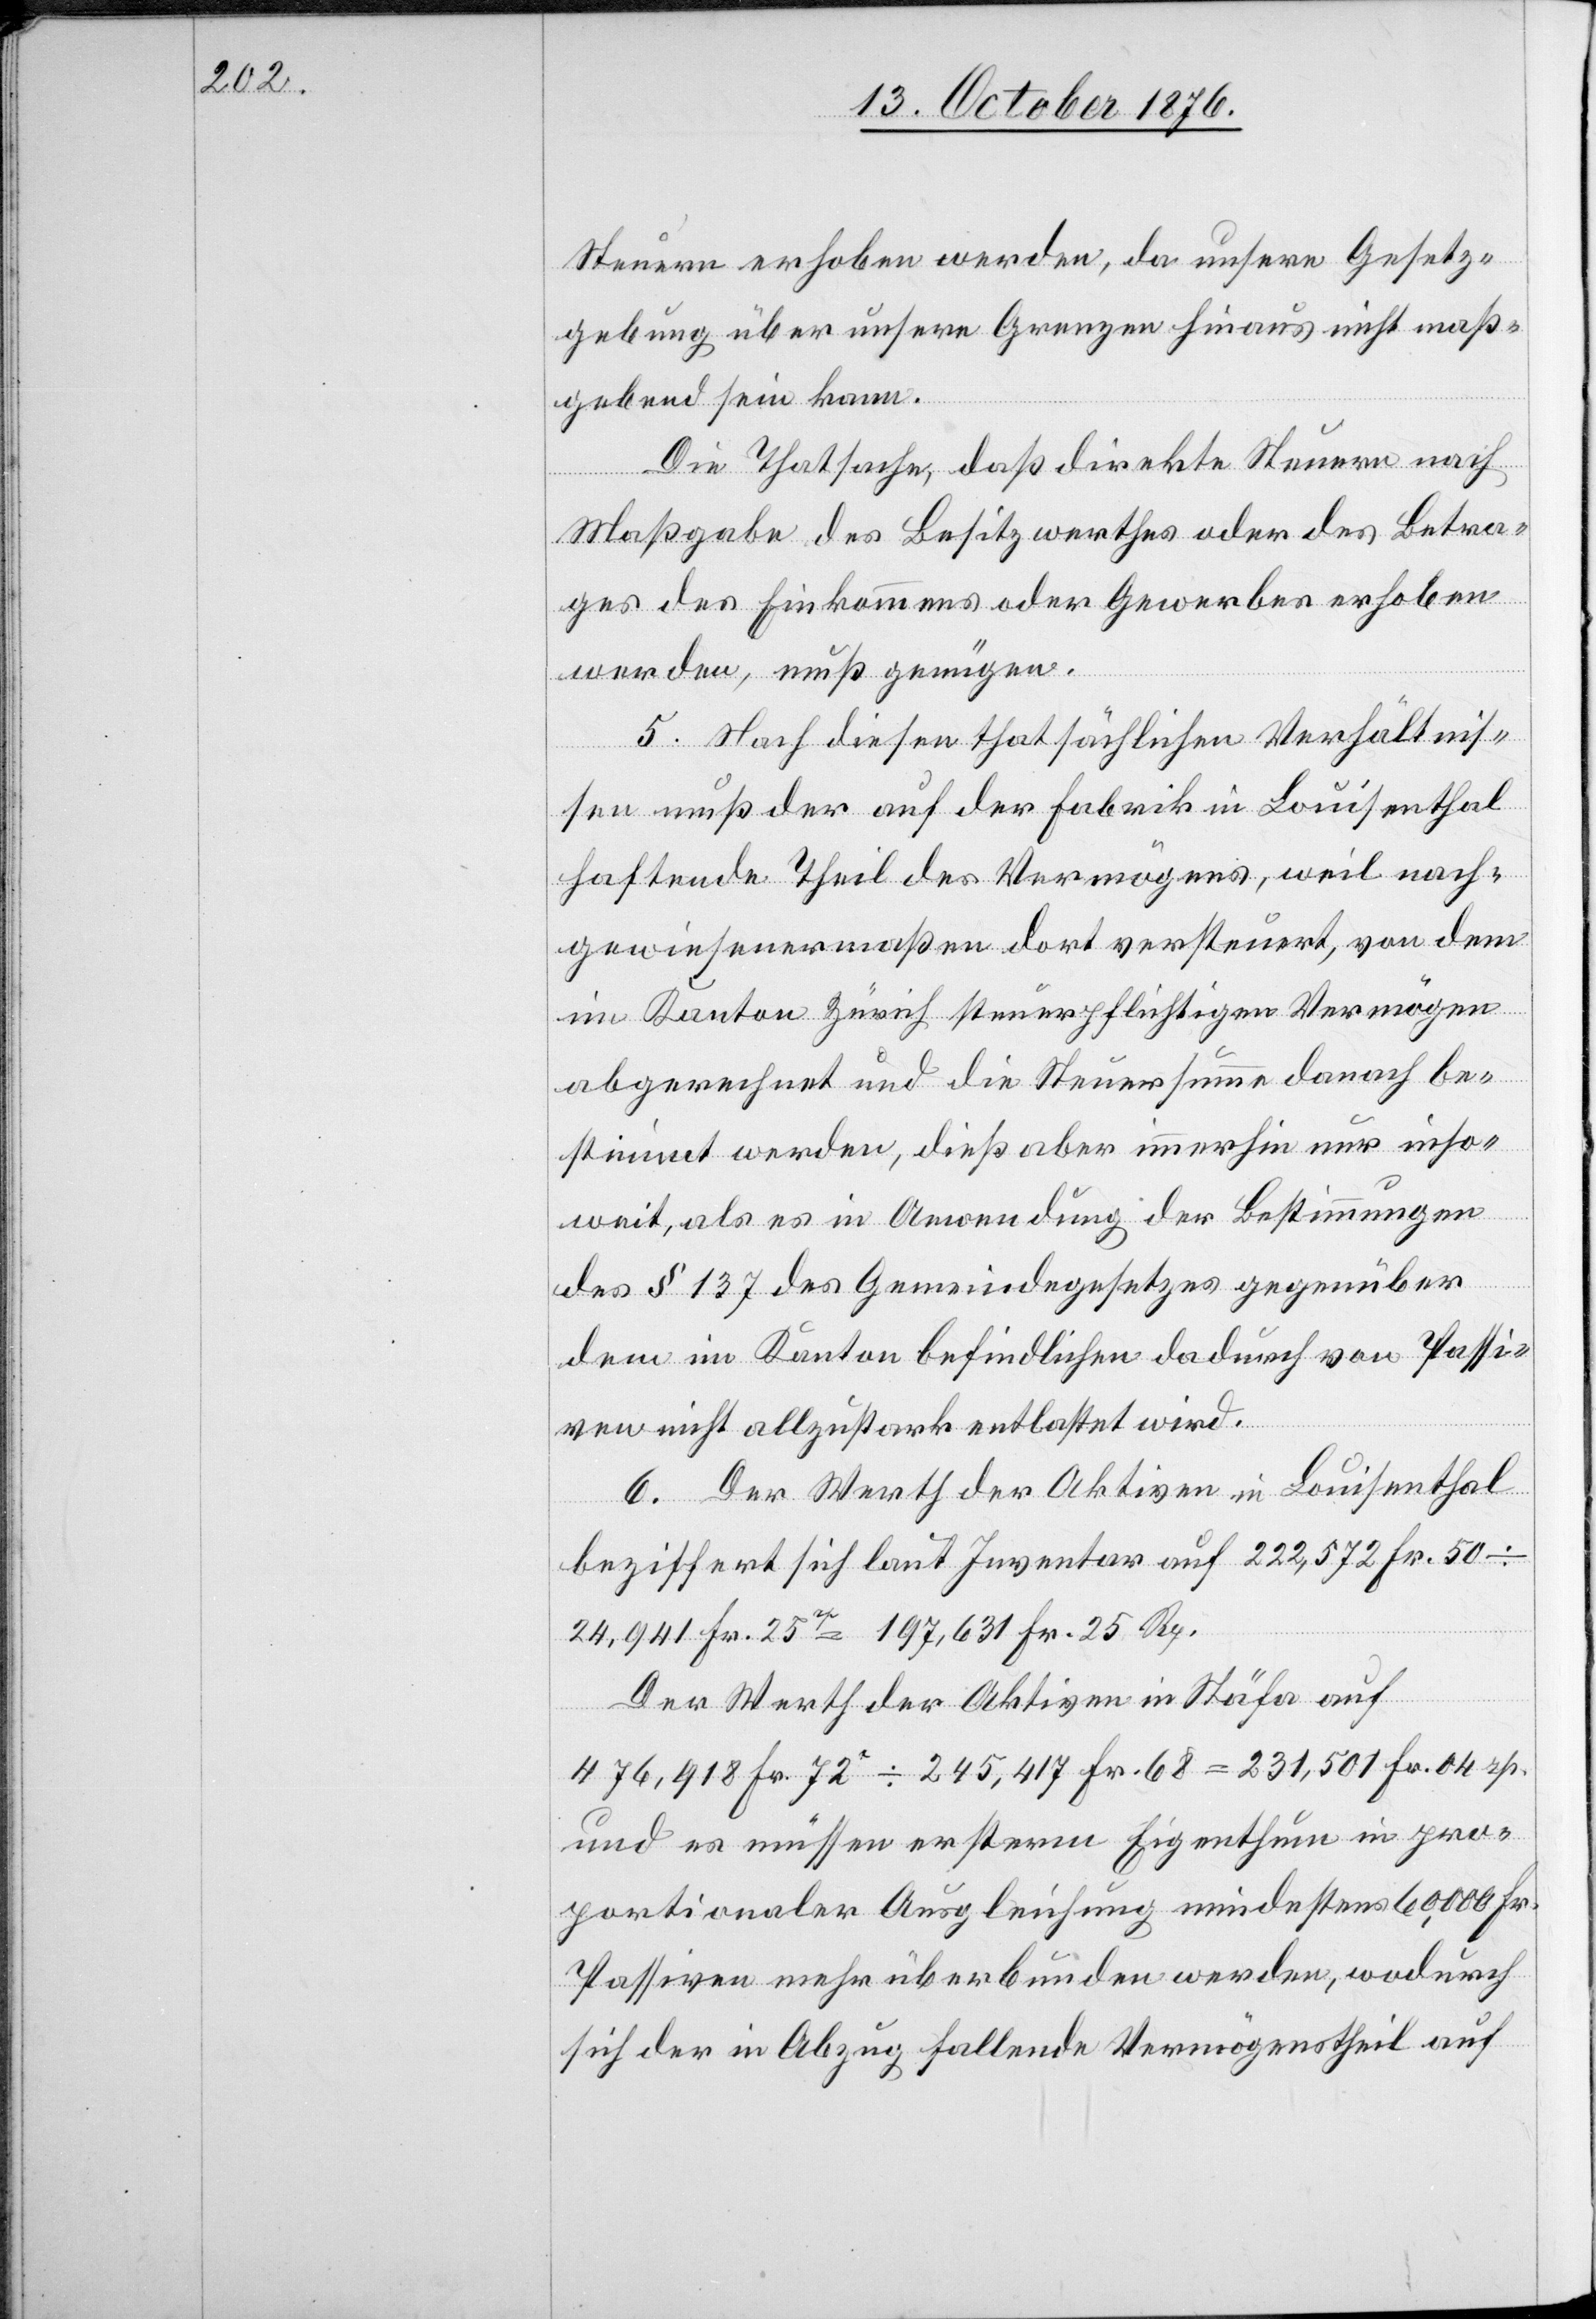
Steuern erhoben werden, da unsere Gesetz¬
gebung über unsere Grenzen hinaus nicht maß¬
gebend sein kann.
Die Thatsache, daß direkte Steuern nach
Maßgabe des Besitzwerthes oder des Betra¬
ges der Einkommens oder Gewerbes erhoben
werden, muß genügen.
5. Nach diesen thatsächlichen Verhältnis¬
sen muß der auf der Fabrik in Louisenthal
haftende Theil des Vermögens, weil nach¬
gewiesenermaßen dort versteuert, von dem
im Kanton Zürich steuerpflichtigen Vermögen
abgerechnet und die Steuersumme danach be¬
stimmt werden, dieß aber immerhin nur inso¬
weit, als es in Anwendung der Bestimmungen
des § 137 des Gemeindegesetzes gegenüber
dem im Kanton Befindlichen dadurch von Passi¬
ven nicht allzustark entlastet wird.
6. Der Werth der Aktiven in Louisenthal
beziffert sich laut Inventar auf 222,572 Fr. 50 ÷
24,941 Fr. 25 rp = 197,631 Fr. 25 Rp.
Der Werth der Aktiven in Stäfa auf
476,981 Fr. 72rp ÷ 245,417 Fr. 68 = 231,501 Fr. 04 rp.
und es müssen ersterm Eigenthum in pro¬
portionaler Ausgleichung mindestens 60,000 Fr.
Passiven mehr überbunden werden, wodurch
sich der in Abzug fallende Vermögenstheil auf